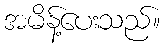
အမိန့်ပေးသည်။